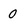
Character: 0